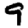
Digit: 9